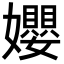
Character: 孆